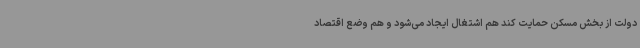
دولت از بخش مسکن حمایت کند هم اشتغال ایجاد می‌شود و هم وضع اقتصاد